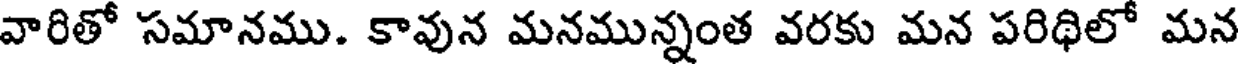
వారితో సమానము. కావున మనమున్నంత వరకు మన పరిథిలో మన